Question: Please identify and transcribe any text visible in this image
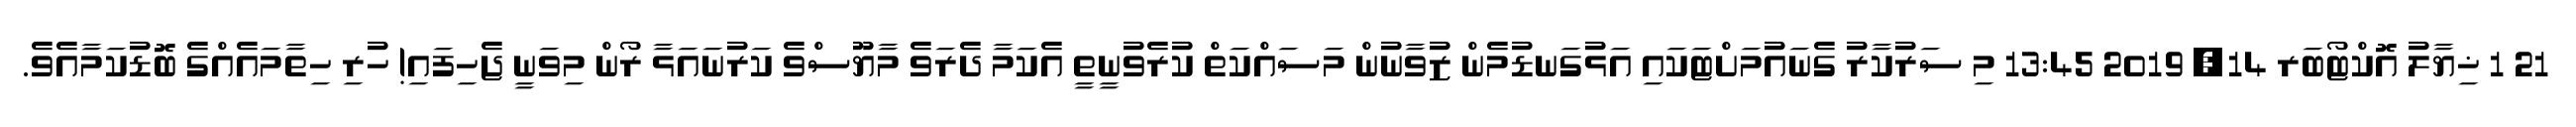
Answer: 21 1 ޚިޔާލު އޮކްޓޯބަރ 14, 2019 13:45 މި ސަރުކާރު ގެނައުމަށްޓަކައި އަޅުގަނޑުމެން ޒުވާނުން މަސައްކަތް ކުރެވުނީތީ އެކަމާ ދެރަވެ މާޔޫސްވެ ކަރުނައަޅާ ރޯން މިވަނީ ޖެހިފައި! ހުރި ހިތާމައެއްގެ ބޮޑުކަމާއެވެ.